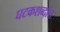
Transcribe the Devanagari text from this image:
घटकशब्दांत